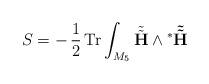
LaTeX: \begin{align*}S=-\,\frac{1}{2}\,{\rm Tr}\int_{M_5}\tilde{\tilde{\bf H}}\wedge{^\ast\tilde{\tilde{\bf H}}}\end{align*}